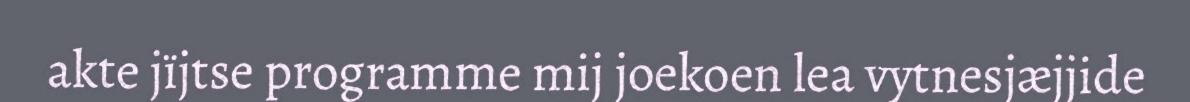
akte jïjtse programme mij joekoen lea vytnesjæjjide